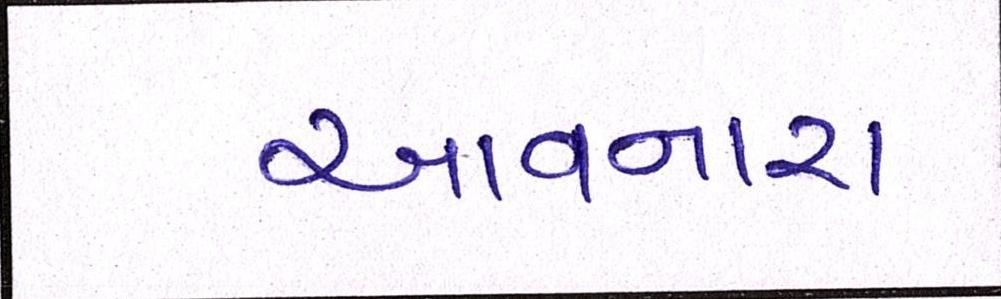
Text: આવનારા